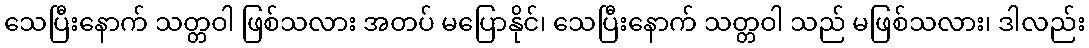
သေပြီးနောက် သတ္တဝါ ဖြစ်သလား အတပ် မပြောနိုင်၊ သေပြီးနောက် သတ္တဝါ သည် မဖြစ်သလား၊ ဒါလည်း